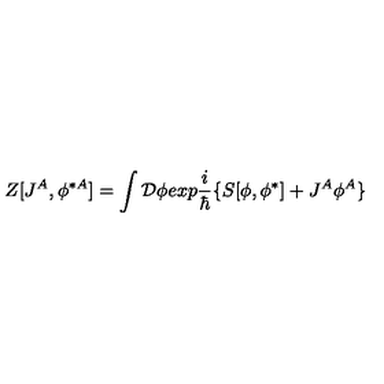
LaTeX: Z [ J ^ { A } , \phi ^ { \ast A } ] = \int { \cal D } \phi e x p { \frac { i } { \hbar } } \{ S [ \phi , \phi ^ { \ast } ] + J ^ { A } \phi ^ { A } \}